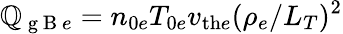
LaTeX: \mathbb{Q}_{\mathrm{{~g~B~}}e}=n_{0e}T_{0e}v_{\mathrm{{th}}e}(\rho_{e}/L_{T})^{2}